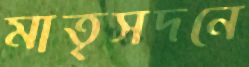
মাতৃসদনে